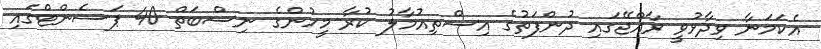
އެކަމަނާ ވިދާޅުވީ ރާއްޖޭގައި ދުންފަތުގެ އިސްތިއުމާލު ކުރާ މީހުންގެ ނިސްބަތް 40 ޕަސެންޓްގައި